Lunatic asylums Central Provinces reports 1874-1885 - 1874-1885
Year: 1874
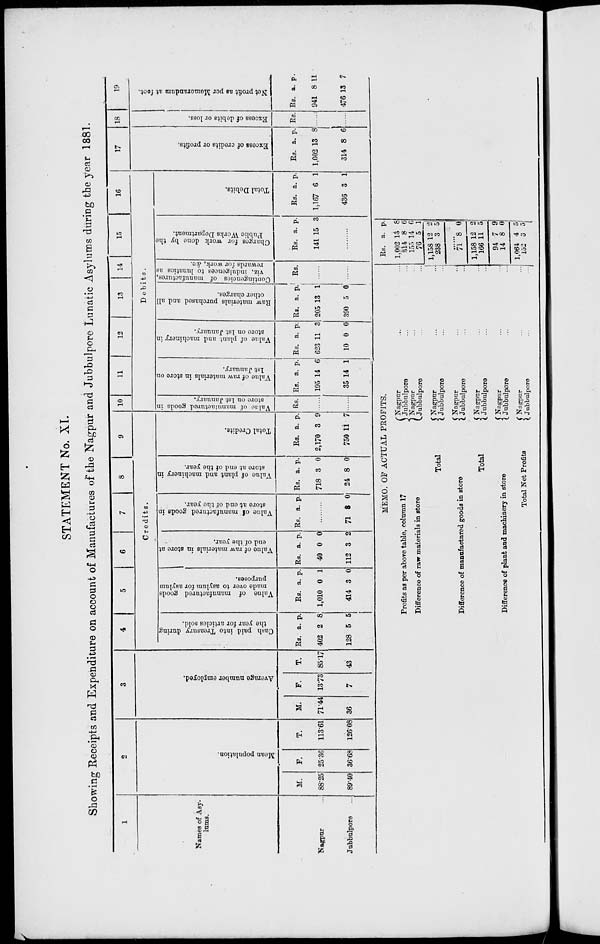
STATEMENT No. XI.
Showing Receipts and Expenditure on account of Manufactures of the Nagpur and Jubbulpore Lunatic Asylums during the year 1881.
1
Names of Asy-
lums.
Nagpur ...
Jubbulpore ...
2
Mean population.
M.
88.25
89.40
F.
25.36
36.68
T.
113.61
126.08
3
Average number employed.
M.
71.44
36
F.
13.73
7
T.
85.17
43
4
5
6
7
8
9
Credits.
Cas h paid i nt o Tr eas ur y dur i ng
the year for articles sold.
Rs.
402
128
a.
2
5
p.
8
5
Value of manufactured goods
made over to asylum for asylum
purposes.
Rs.
1,010
414
a.
0
3
p.
1
0
Value of raw materials in store at
end of the year.
Rs.
40
112
a.
0
3
p.
0
2
Value of manufactured goods in
store at end of the year.
Rs. a. p.
.........
71 8 0
Value of plant and machinery in
store at end of the year.
Rs.
718
24
a.
3
8
p.
0
0
Total Credits.
Rs.
2,170
750
a.
3
11
p.
9
7
10
11
12
13
14
15
16
Debits.
Value
of manufactured goods in
store on 1st January.
Rs.
......
......
Value of raw materials in store on
1st January.
Rs.
195
35
a.
14
14
p.
6
1
Value of plant and machinery in
store on 1st January.
Rs.
623
10
a.
11
0
p.
3
0
Raw materials purchased and all
other charges.
Rs.
205
390
a.
13
5
p.
1
0
Contingencies of manufactures,
viz, indulgences to lunatics as
rewards for work, &c.
Rs.
......
......
Charges for work done by the
Public Works Department.
Rs.
141
a.
15
p.
3
.......
Total Debits.
Rs.
1,167
436
a.
6
3
p.
1
1
17
Excess of credits or profits.
Rs.
1,002
314
a.
13
8
p.
8
6
18
Excess of debits or loss.
Rs.
......
......
19
Net profit as per Memorandum at foot.
Rs.
941
476
a.
8
13
p.
11
7
MEMO. OF ACTUAL PROFITS.
Profits as per above table, column 17
Difference of raw materials in store
Total
Difference of manufactured goods in store
Total
Difference of plant and machinery in store
Total Net Profits
Nagpur ... ...
Jubbulpore ... ...
Nagpur ... ...
Jubbulpore ... ...
Nagpur ... ...
Jubbulpore ... ...
Nagpur ... ...
Jubbulpore ... ...
Nagpur ... ...
Jubbulpore ... ...
Nagpur ... ...
Jubbulpore ... ...
Nagpur ... ...
Jubbulpore ... ...
Rs.
1,002
3l4
155
76
1,158
238
a.
13
8
14
5
12
3
p.
8
6
6
1
2
5
......
71
1,158
166
94
14
1,064
152
8
12
11
7
8
4
3
0
2
5
9
0
5
5